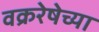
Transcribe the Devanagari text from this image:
वक्ररेषेच्या